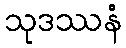
သုဒဿနံ